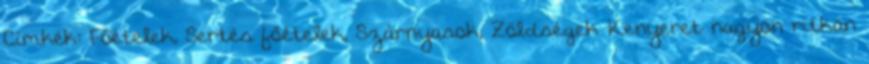
Címkék: Főételek, Sertés főételek, Szárnyasok, Zöldségek Kenyeret nagyon ritkán